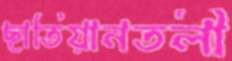
ছাতিয়ানতলী